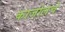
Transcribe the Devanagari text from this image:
काजोलचे